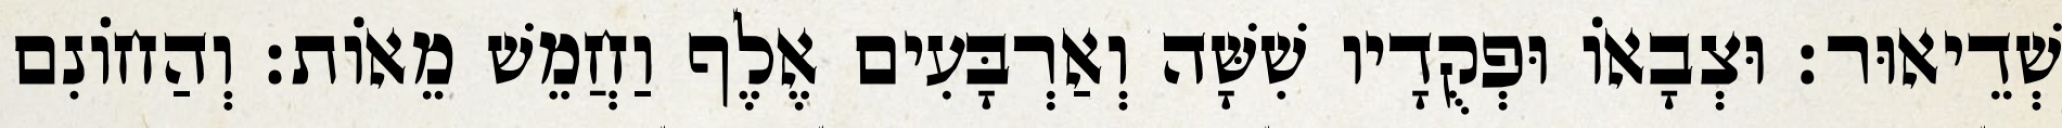
שְׁדֵיאוּר׃ וּצְבָאוֹ וּפְקֻדָיו שִׁשָּׁה וְאַרְבָּעִים אֶלֶף וַחֲמֵשׁ מֵאוֹת׃ וְהַחוֹנִם